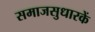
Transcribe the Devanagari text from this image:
समाजसुधारकें